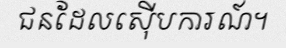
ជនដែលស៊ើបការណ៍។